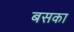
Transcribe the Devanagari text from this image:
बसका